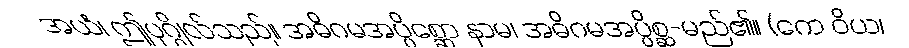
အယံ၊ ဤပုဂ္ဂိုလ်သည်။ အဓိဂမအပ္ပိစ္ဆော နာမ၊ အဓိဂမအပ္ပိစ္ဆ-မည်၏။ (ကေ ဝိယ၊